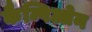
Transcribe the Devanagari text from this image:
कैम्पिओन